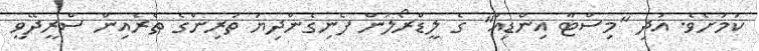
ކަމަށެވެ. އަދި "މިސްޓާ އިންޑިއާ" ގެ ލީޑްރޯލުން ފެނިގެންދިޔަ ތަރިންގެ ތެރެއިން ސްރީދޭވީ